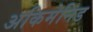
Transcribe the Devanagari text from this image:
अकिमेनिड